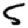
Digit: 5